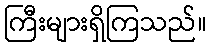
ကြီးများရှိကြသည်။